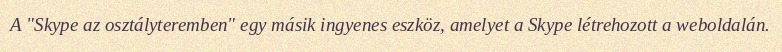
A "Skype az osztályteremben" egy másik ingyenes eszköz, amelyet a Skype létrehozott a weboldalán.